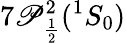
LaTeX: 7\mathscr{P}_{\frac{{1}}{{2}}}^{2}(^{1}S_{0})